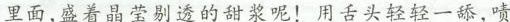
里面,盛着晶莹剔透的甜浆呢!用舌头轻轻一舔,啧